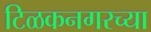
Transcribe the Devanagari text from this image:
टिळकनगरच्या